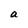
Character: a